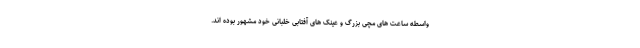
واسطه ساعت های مچی بزرگ و عینک های آفتابی خلبانی خود مشهور بوده اند.